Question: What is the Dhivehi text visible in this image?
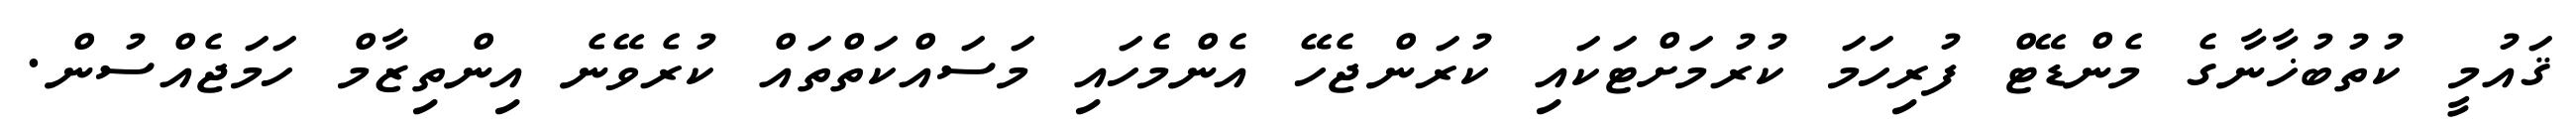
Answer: ޤައުމީ ކުތުބުޚާނާގެ މެންޑޭޓް ފުރިހަމަ ކުރުމަށްޓަކައި ކުރަންޖެހޭ އެންމެހައި މަސައްކަތްތައް ކުރެވޭނެ އިންތިޒާމް ހަމަޖެއްސުން.